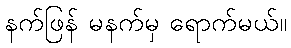
နက်ဖြန် မနက်မှ ရောက်မယ်။